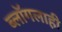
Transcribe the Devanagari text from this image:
ब्लॉगलाही